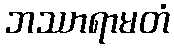
ဘဿာရာမတံ